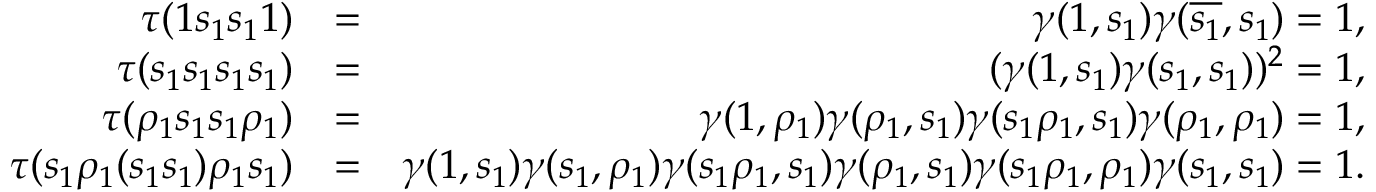
\begin{array} { r l r } { \tau ( 1 s _ { 1 } s _ { 1 } 1 ) } & { = } & { \gamma ( 1 , s _ { 1 } ) \gamma ( \overline { { s _ { 1 } } } , s _ { 1 } ) = 1 , } \\ { \tau ( s _ { 1 } s _ { 1 } s _ { 1 } s _ { 1 } ) } & { = } & { ( \gamma ( 1 , s _ { 1 } ) \gamma ( s _ { 1 } , s _ { 1 } ) ) ^ { 2 } = 1 , } \\ { \tau ( \rho _ { 1 } s _ { 1 } s _ { 1 } \rho _ { 1 } ) } & { = } & { \gamma ( 1 , \rho _ { 1 } ) \gamma ( \rho _ { 1 } , s _ { 1 } ) \gamma ( s _ { 1 } \rho _ { 1 } , s _ { 1 } ) \gamma ( \rho _ { 1 } , \rho _ { 1 } ) = 1 , } \\ { \tau ( s _ { 1 } \rho _ { 1 } ( s _ { 1 } s _ { 1 } ) \rho _ { 1 } s _ { 1 } ) } & { = } & { \gamma ( 1 , s _ { 1 } ) \gamma ( s _ { 1 } , \rho _ { 1 } ) \gamma ( s _ { 1 } \rho _ { 1 } , s _ { 1 } ) \gamma ( \rho _ { 1 } , s _ { 1 } ) \gamma ( s _ { 1 } \rho _ { 1 } , \rho _ { 1 } ) \gamma ( s _ { 1 } , s _ { 1 } ) = 1 . } \end{array}